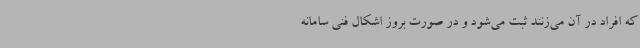
که افراد در آن می‌زنند ثبت می‌شود و در صورت بروز اشکال فنی سامانه